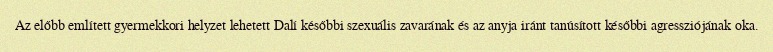
Az előbb említett gyermekkori helyzet lehetett Dalí későbbi szexuális zavarának és az anyja iránt tanúsított későbbi agressziójának oka.